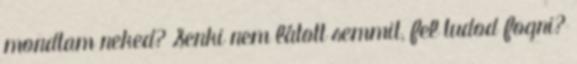
mondtam neked? Senki nem látott semmit, fel tudod fogni?